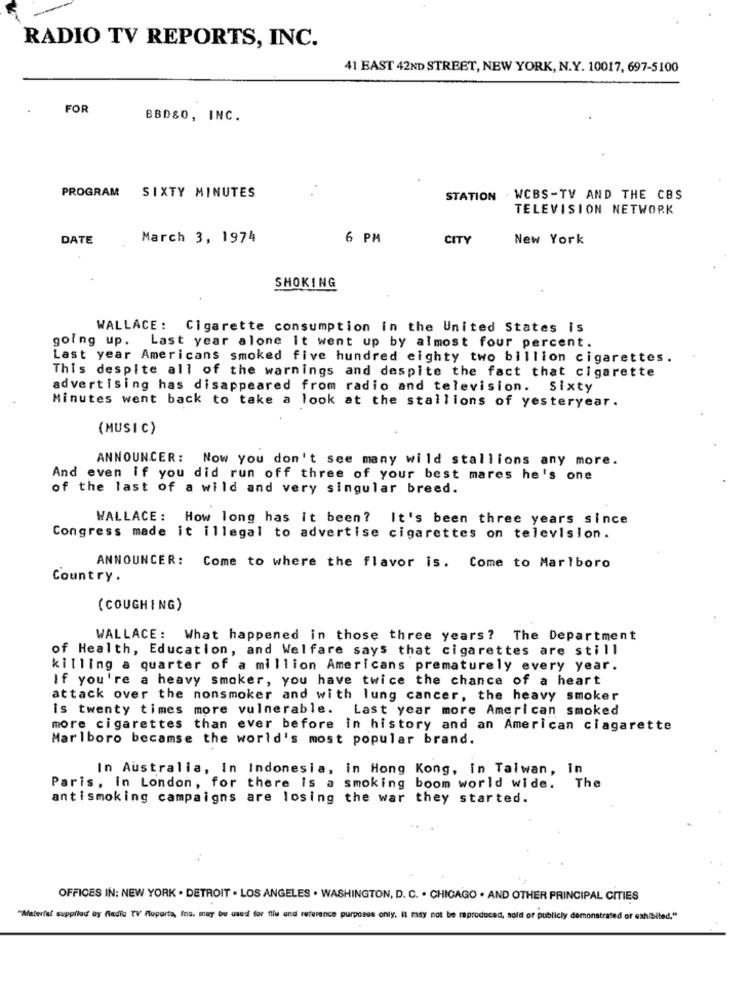
RADIO TV REPORTS, INC.
41 EAST 42ND STREET, NEW YORK, N.Y. 10017, 697-5100
FOR
BBDSO, INC.
PROGRAM SIXTY MINUTES
STATION . WCBS-TV AND THE CBS
TELEVISION NETWORK
DATE
March 3, 1974
6 PM
CITY
New York
SMOKING
WALLACE: Cigarette consumption in the United States is
going up. Last year alone it went up by almost four percent.
Last year Americans smoked five hundred eighty two billion cigarettes.
This despite all of the warnings and despite the fact that cigarette
advertising has disappeared from radio and television. Sixty
Minutes went back to take a look at the stallions of yesteryear.
(MUSIC)
ANNOUNCER: Now you don't see many wild stallions any more.
And even if you did run off three of your best mares he's one
of the last of a wild and very singular breed.
WALLACE: How long has it been? It's been three years since
Congress made it illegal to advertise cigarettes on television.
ANNOUNCER: Come to where the flavor is. Come to Marlboro
Country.
(COUGHING)
WALLACE: What happened in those three years? The Department
of Health, Education, and Welfare says that cigarettes are still
killing a quarter of a million Americans prematurely every year.
If you're a heavy smoker, you have twice the chance of a heart
attack over the nonsmoker and with lung cancer, the heavy smoker
is twenty times more vulnerable. Last year more American smoked
more cigarettes than ever before in history and an American ciagarette
Marlboro becamse the world's most popular brand.
In Australia, In Indonesia, in Hong Kong, In Taiwan, In
The
Paris, in London, for there is a smoking boom world wide.
antismoking campaigns are losing the war they started.
OFFICES IN: NEW YORK . DETROIT . LOS ANGELES . WASHINGTON, D. C. . CHICAGO . AND OTHER PRINCIPAL CITIES
"Material supplied by Radio TV Pluparta, fau. may be used for fille und reference purposes only, it may not be mproduced, sold or publicly demonstrated or exhibited."